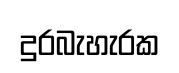
දුරබැහැරක